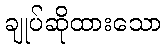
ချုပ်ဆိုထားသော